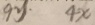
9 y 4 x